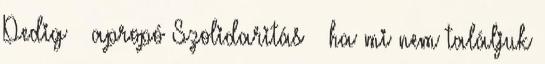
Pedig – apropó Szolidaritás – ha mi nem találjuk